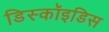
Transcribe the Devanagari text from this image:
डिस्कॉइडिस